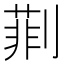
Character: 㔈